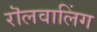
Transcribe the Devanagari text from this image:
रॊलवालिंग